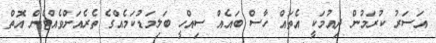
އަސަރު ކުރަމުން ދިއުމަކީ އެތައް ހާސް ބައެއް ސިއްހީ ބަލިމަޑުކަމެއްގެ ތެރެއަށްވެއްޓެން އޮތް